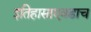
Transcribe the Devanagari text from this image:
इतिहासाएवढाच